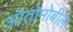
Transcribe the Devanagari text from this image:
ऑतोमोबील